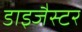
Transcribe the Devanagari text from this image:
डाइजैस्टर